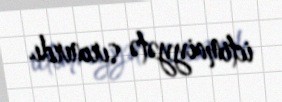
ictimaiyyətə sırınırdı.